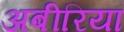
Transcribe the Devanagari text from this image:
अबीरिया